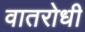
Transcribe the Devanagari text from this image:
वातरोधी